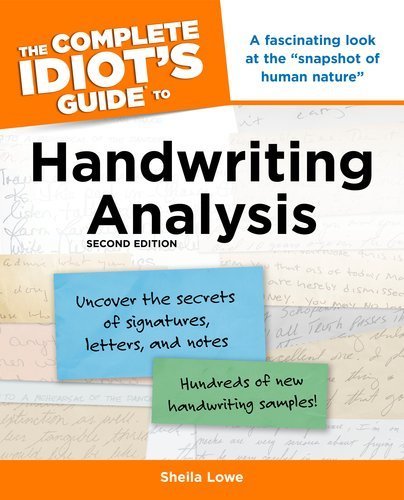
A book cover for The Complete Idiot's Guide to Handwriting Analysis by Lowe, Sheila. (ALPHA,2007) [Paperback] 2ND EDITION; Self-Help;